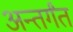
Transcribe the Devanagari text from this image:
अन्तर्गंत